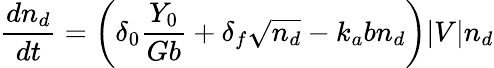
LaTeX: \frac{dn_{d}}{dt}=\left(\delta_{0}\frac{Y_{0}}{Gb}+\delta_{f}\sqrt{n_{d}}-k_{a}bn_{d}\right)|V|n_{d}